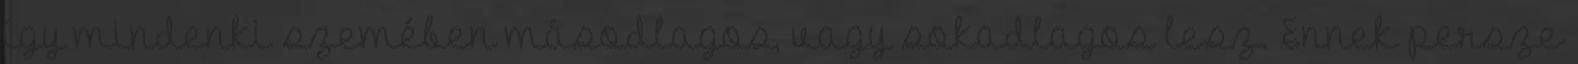
így mindenki szemében másodlagos, vagy sokadlagos lesz. Ennek persze